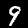
Label: 9